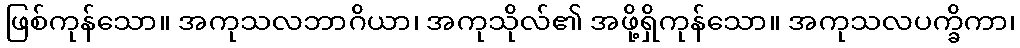
ဖြစ်ကုန်သော။ အကုသလဘာဂိယာ၊ အကုသိုလ်၏ အဖို့ရှိကုန်သော။ အကုသလပက္ခိကာ၊